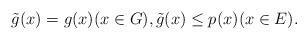
LaTeX: \begin{align*} \tilde{g}(x)=g(x)(x\in G),\tilde{g}(x)\le p(x)(x\in E).\end{align*}